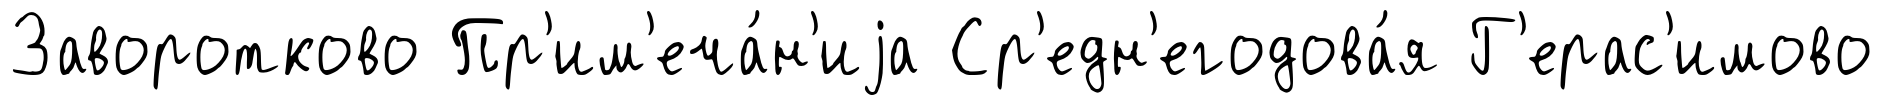
Заворотково Пр'им'еча́н'иjа Ср'едн'егодова́я Г'ерас'имово